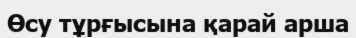
Өсу тұрғысына қарай арша